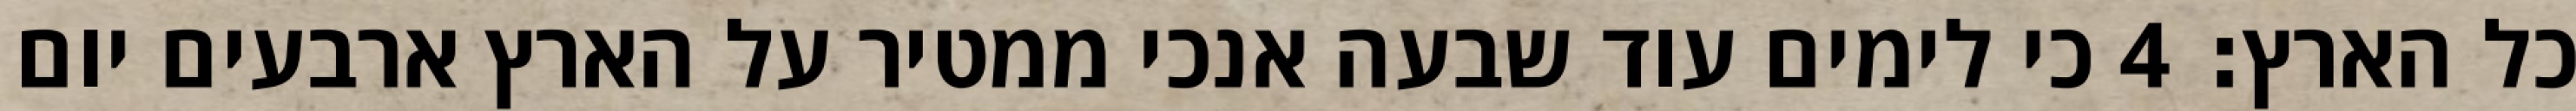
כל הארץ׃ ‎4‏ כי לימים עוד שבעה אנכי ממטיר על הארץ ארבעים יום